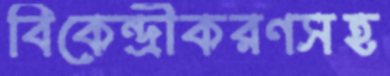
বিকেন্দ্রীকরণসহ